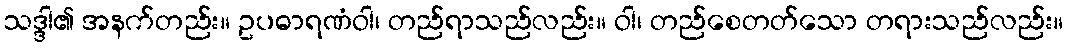
သဒ္ဒါ၏ အနက်တည်း။ ဥပဓာရဏံဝါ၊ တည်ရာသည်လည်း။ ဝါ၊ တည်စေတတ်သော တရားသည်လည်း။